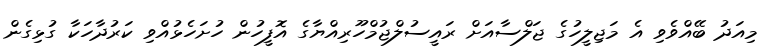
މިއަދު ބޭއްވެވި އެ މަޖިލީހުގެ ޖަލްސާއަށް ރައީސުލްޖުމްހޫރިއްޔާގެ އޮފީހުން ހުށަހެޅުއްވި ކަރުދާހަކާ ގުޅިގެން